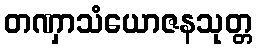
တဏှာသံယောဇနသုတ္တ